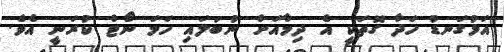
އަޅުގަނޑު ހަދާ ގޮތަކީ އެ ދިމާއަށް ނުބަލައި ހަމަ ނޯޓް ކުރަނީ އެވެ.